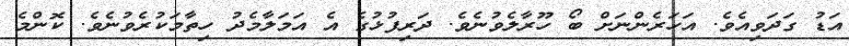
އަޑު ގަދަވިއެވެ. އަހަރެންނަށް ބޯ ހޫރާލެވުނެވެ. ދަރިފުޅުގެ އެ އަމަލާމެދު ހިތާމަކުރެވުނެވެ. ކޮންމެ